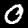
Label: 0